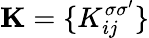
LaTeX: {\mathbf K}=\{ K_{ij}^{\sigma\sigma^{\prime}}\}